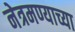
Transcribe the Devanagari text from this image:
नेत्रमण्याच्या